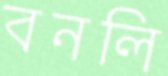
বনলি